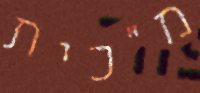
מ"כית